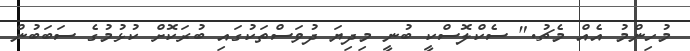
މުހިންމު އެއް މެޗު." ސެކްލޮސްކީ ބުނީ މިދިޔަ ދުވަސްތަކުގައި ބުރަކޮށް ކުޅުމުގެ ސަބަބުން